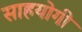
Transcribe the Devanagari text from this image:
साहयोगी